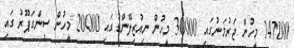
147000 މީހުން ޖަރުމަނުގައި 30000 މީހުން ނިއުޒިލޭންޑުގައި 20000 މީހުން ސިންގަޕޫރު ގައި